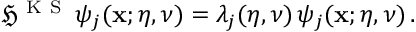
\begin{array} { r } { \mathfrak { H } ^ { \mathrm { ~ K ~ S ~ } } \, \psi _ { j } ( { \bf x } ; \eta , \nu ) = \lambda _ { j } ( \eta , \nu ) \, \psi _ { j } ( { \bf x } ; \eta , \nu ) \, . } \end{array}